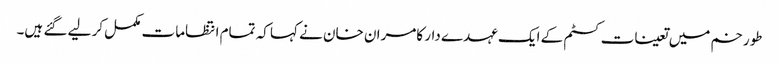
طورخم میں تعینات کسٹم کے ایک عہدے دار کامران خان نے کہا کہ تمام انتظامات مکمل کر لیے گئے ہیں۔